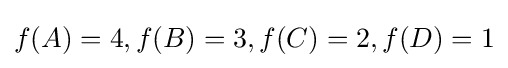
f(A)=4,f(B)=3,f(C)=2,f(D)=1